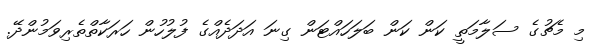
މި މެޗުގެ ސަލާމަތީ ކަން ކަން ބަލަހައްޓަން ގިނަ އަދަދެއްގެ ފުލުހުން ހަރަކާތްތެރިވަމުންދޭ.